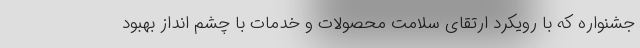
جشنواره که با رویکرد ارتقای سلامت محصولات و خدمات با چشم انداز بهبود